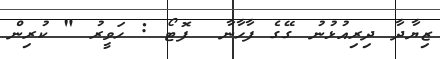
ޒިޔާދާ ދިރިއުޅުނު ގޭގެ ފާހާނާ  ފޮޓޯ : ހަވީރު " ކުރިން